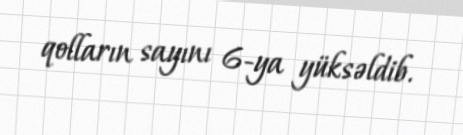
qolların sayını 6-ya yüksəldib.